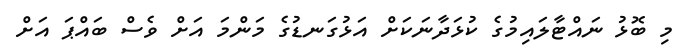
މި ބޮޅު ނައްޓާލައިމުގެ ކުޅަދާނަކަށް އަޅުގަނޑުގެ މަންމަ އަށް ވެސް ބައްޕަ އަށް